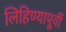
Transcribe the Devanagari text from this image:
लिहिण्‍यापूर्वी